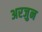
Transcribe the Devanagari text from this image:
अरजुन